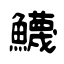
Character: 鱴